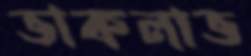
ভাকলাভ